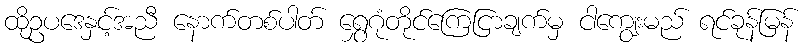
ထိုဥပဒေနှင့်အညီ နောက်တစ်ပါတ် ရွှေဂုံတိုင်ကြေငြာချက်မှ ငါကျွေးမည် ရင်ခုန်မြန်